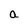
Character: a